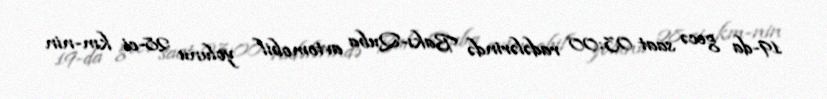
19-da gecə saat 03:00 radələrində Bakı-Quba avtomobil yolunu 28-ci km-nin